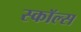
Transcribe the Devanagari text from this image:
स्कॉल्स